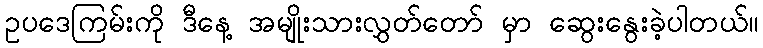
ဥပဒေကြမ်းကို ဒီနေ့ အမျိုးသားလွှတ်တော် မှာ ဆွေးနွေးခဲ့ပါတယ်။